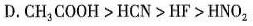
D.CH_{3}COOH>HCN>HF>HNO_{2}